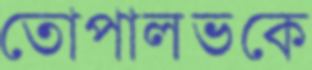
তোপালভকে